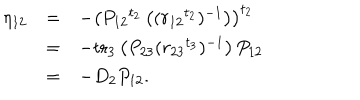
\begin{array} { r c l } { { \eta _ { 1 2 } } } & { { = } } & { { - \left( P _ { 1 2 } { } ^ { t _ { 2 } } \left( ( r _ { 1 2 } { } ^ { t _ { 2 } } ) ^ { - 1 } \right) \right) ^ { t _ { 2 } } } } \\ { { } } & { { = } } & { { - \mathrm { t r } _ { 3 } \left( P _ { 2 3 } ( r _ { 2 3 } { } ^ { t _ { 3 } } ) ^ { - 1 } \right) P _ { 1 2 } } } \\ { { } } & { { = } } & { { - D _ { 2 } P _ { 1 2 } . } } \\ \end{array}